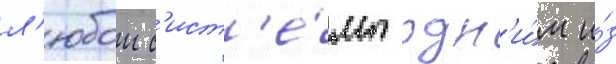
л'юбои с'ист'е́мы одн'и́м и́з